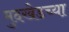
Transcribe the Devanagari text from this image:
मुदखेडच्या